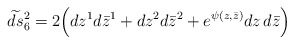
\begin{align*}\widetilde{ds}{}_6^{2}=2\Bigl(dz^{1}d\bar{z}^{1}+ dz^{2}d\bar{z}^{2}+ e^{\psi(z,\bar{z})}dz \,d\bar{z} \Bigr)\end{align*}